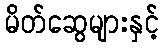
မိတ်ဆွေများနှင့်